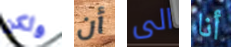
ولكن أن الى أنا